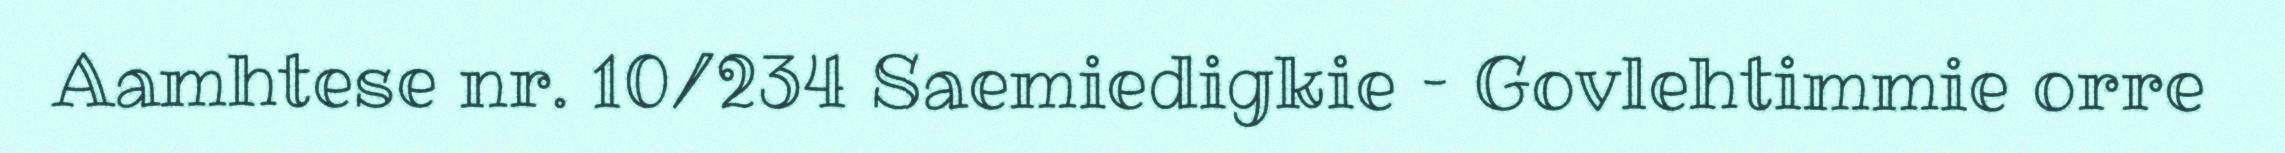
Aamhtese nr. 10/234 Saemiedigkie – Govlehtimmie orre